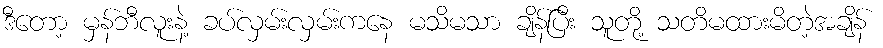
ဒီတော့ မှန်ဘီလူးနဲ့ ခပ်လှမ်းလှမ်းကနေ မသိမသာ ချိန်ပြီး သူတို့ သတိမထားမိတဲ့အချိန်